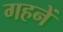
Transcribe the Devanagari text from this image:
गहनें